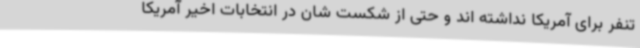
تنفر برای آمریکا نداشته اند و حتی از شکست شان در انتخابات اخیر آمریکا